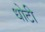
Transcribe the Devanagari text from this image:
धोटी